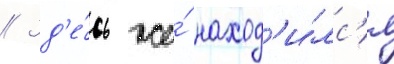
// Зд'е́сь же́ наход'и́лс'я